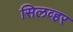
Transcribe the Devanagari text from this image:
सिलव्हर